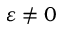
\varepsilon \ne 0